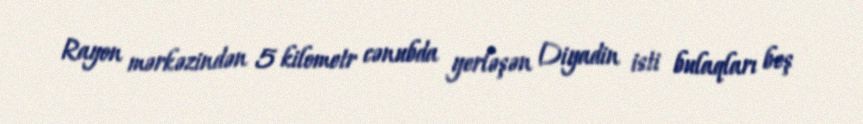
Rayon mərkəzindən 5 kilometr cənubda yerləşən Diyadin isti bulaqları beş